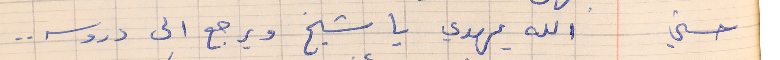
حسني          الله يهدي يا شيخ ويرجع الى دروسه . .